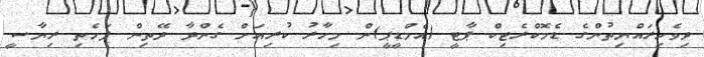
ދިވެހިރައްޔިތުންގެ ޑެމޮކްރެޓިކް ޕާޓީ (އެމްޑީޕީ)ން މިހާރު ކުރިއަށް ގެންދާ ދޭތިން ފަހެތި ރިޔާސީ